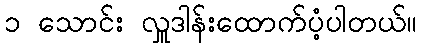
၁ သောင်း လှူဒါန်းထောက်ပံ့ပါတယ်။